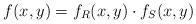
LaTeX: \begin{align*}f(x,y)=f_R(x,y)\cdot f_S(x,y)\end{align*}